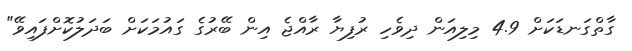
ގާތްގަނޑަކަށް 4.9 މިލިއަން ދިވެހި ރުފިޔާ ރާއްޖެ އިން ބޭރުގެ ގައުމަކަށް ބަދަލުކޮށްފައިވޭ"